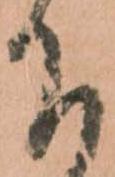
下